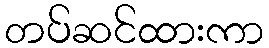
တပ်ဆင်ထားကာ